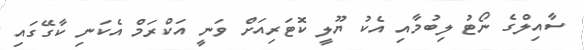
ސާއިލްގެ ނޯޓު ލިބުމާއި އެކު ޔޫލީ ކޮޓަރިއަށް ވަނީ އަކްރަމް އެކަނި ކާގޭގައި